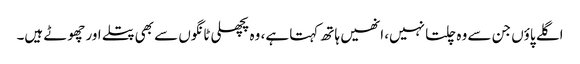
اگلے پاؤں جن سے وہ چلتا نہیں، انھیں ہاتھ کہتا ہے، وہ پچھلی ٹانگوں سے بھی پتلے اور چھوٹے ہیں۔